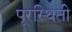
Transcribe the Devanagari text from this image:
पूरस्थिती